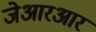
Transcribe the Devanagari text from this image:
जेआरआर